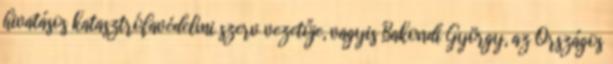
hivatásos katasztrófavédelmi szerv vezetője, vagyis Bakondi György, az Országos